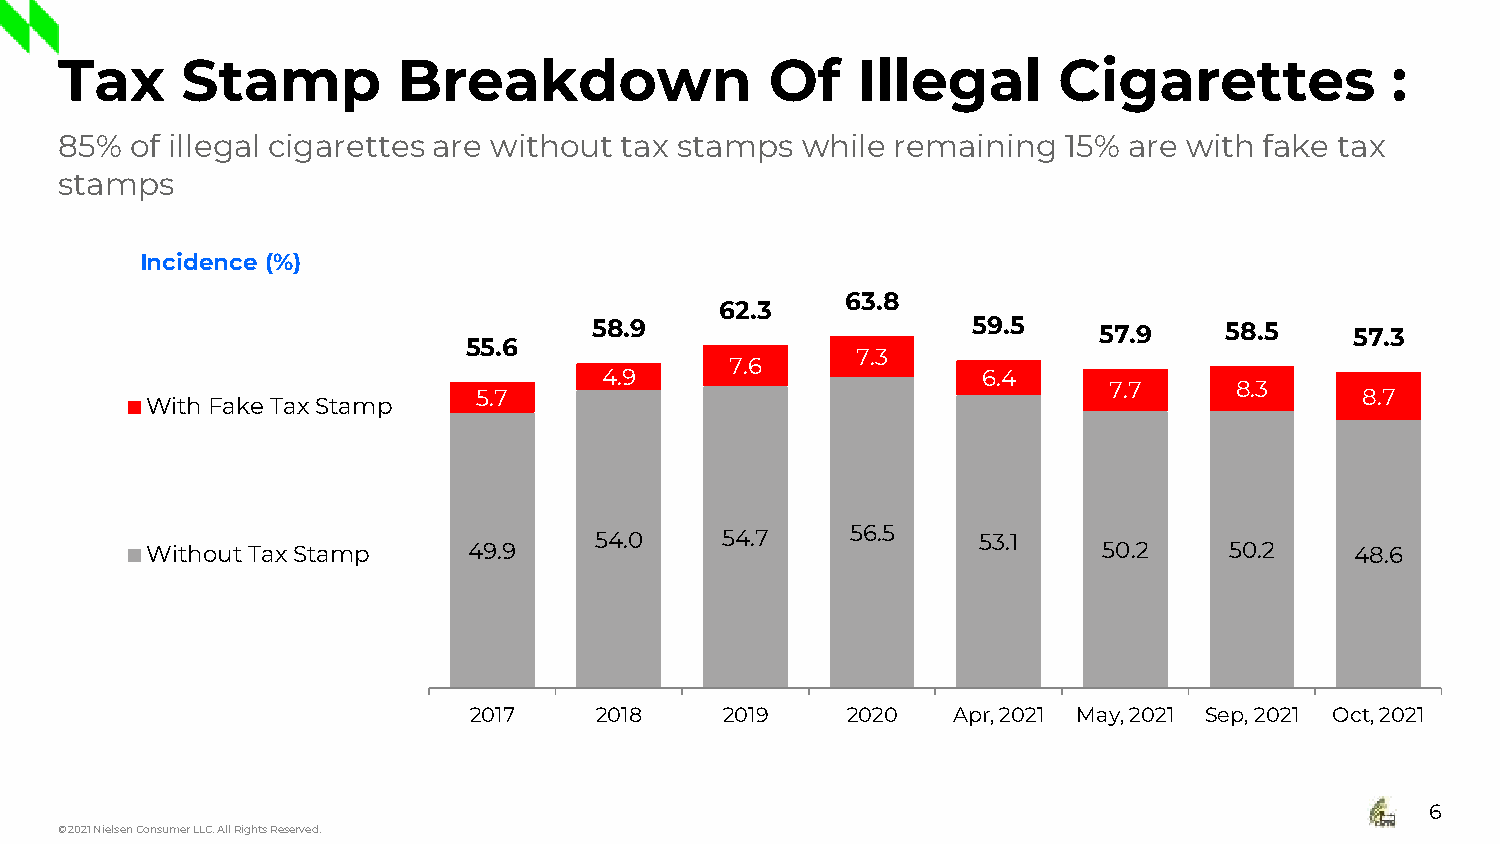
Tax     Stamp         Breakdown                Of    Illegal      Cigarettes            :
 85%  of illegal cigarettes are without tax stamps while remaining  15% are with fake tax
 stamps
 Incidence (%)
 63.8
 62.3
 58.9                     59.5     57.9    58.5     57.3
 55.6
 7.3
 7.6
 4.9                      6.4
 5.7                                      7.7      8.3     8.7
 With Fake Tax Stamp
 54.0     54.7    56.5     53.1
 Without Tax Stamp    49.9                                      50.2    50.2     48.6
 2017    2018     2019    2020   Apr, 2021 May, 2021 Sep, 2021 Oct, 2021
 6
 © 2021 Nielsen Consumer LLC. All Rights Reserved.